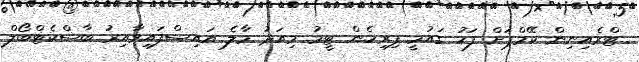
ޓްރެއިނިން ކޭމްޕަށް ފަހު ގައުމީ ފިރިހެން ޓީމު މިއަދު މާލެ އައިސްފައިވާއިރު ބާސްކެޓްބޯލް